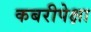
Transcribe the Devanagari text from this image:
कबरीपेक्षा